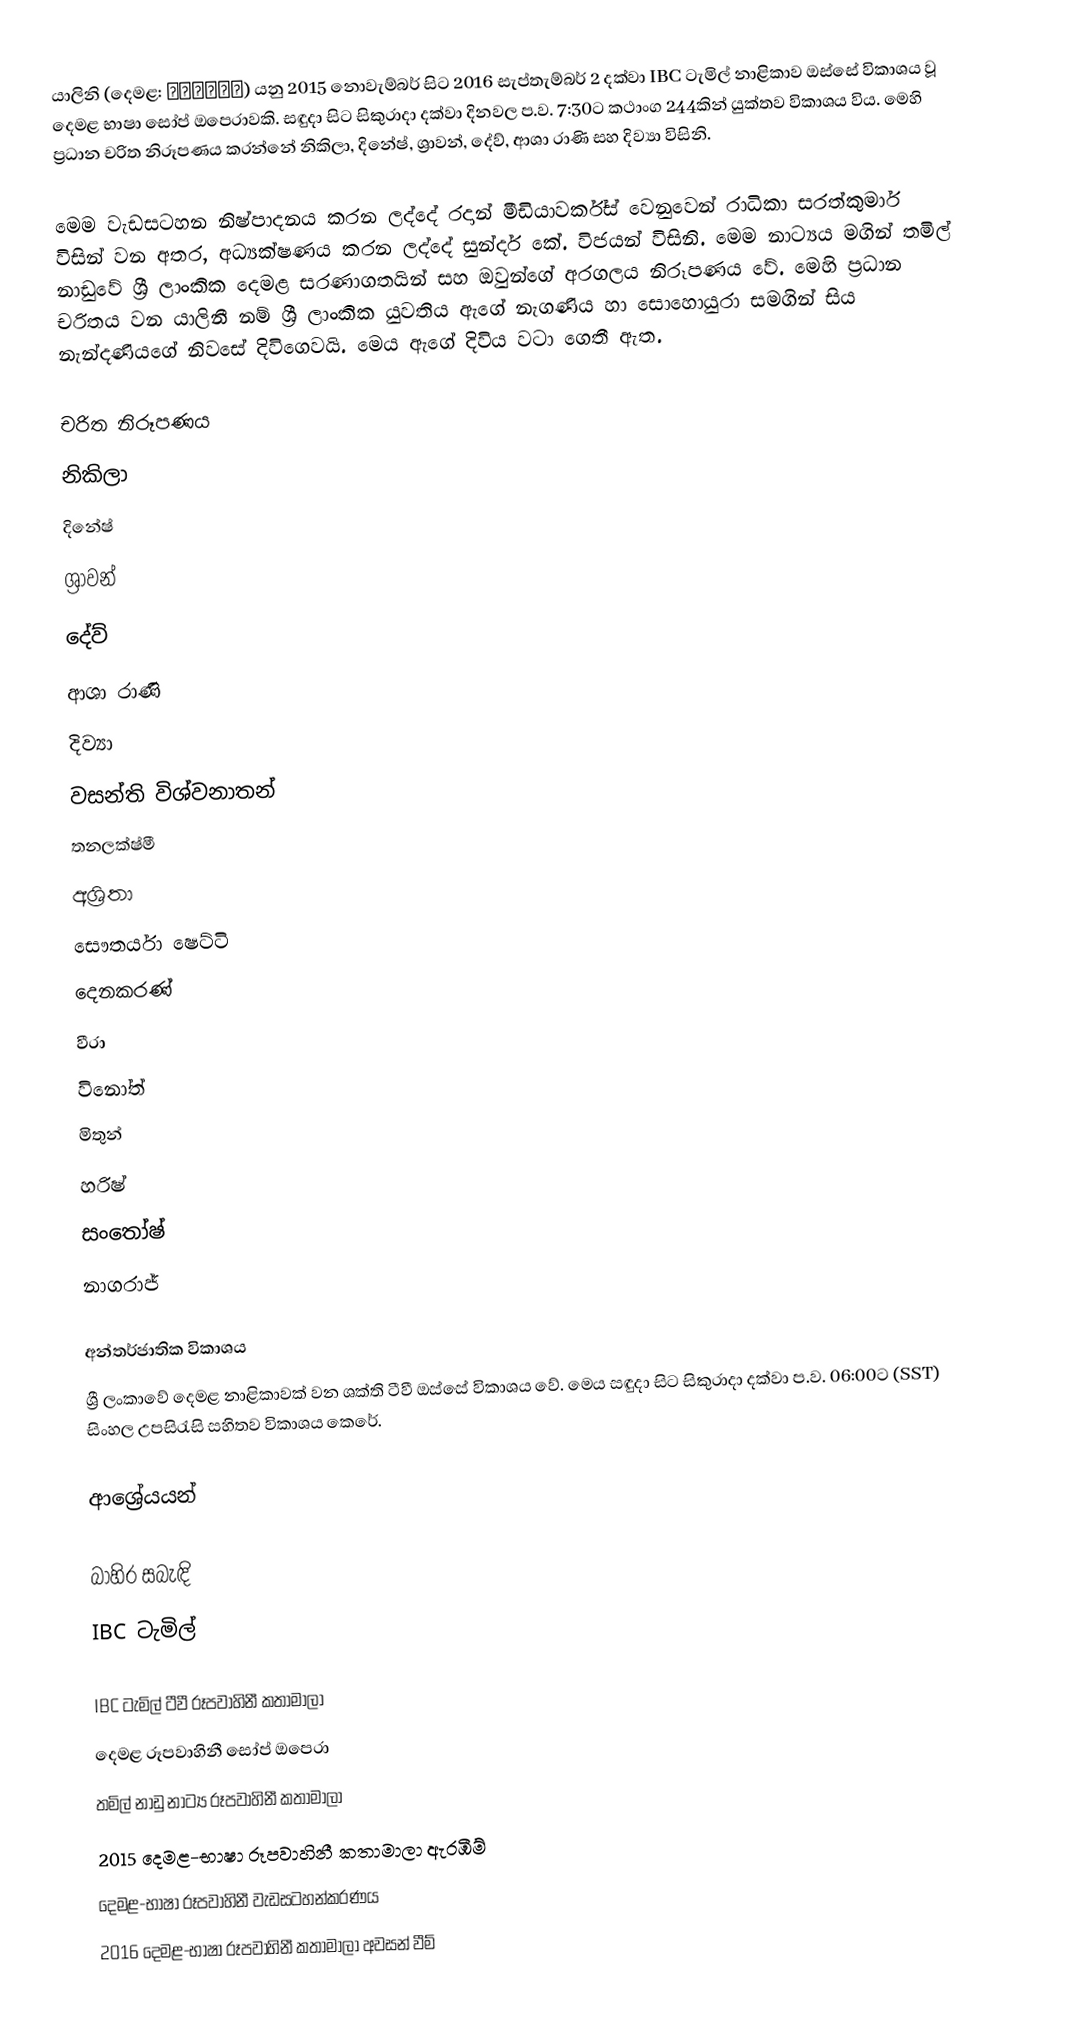
යාලිනි (දෙමළ: யாழினி) යනු 2015 නොවැම්බර් සිට 2016 සැප්තැම්බර් 2 දක්වා IBC ටැමිල් නාළිකාව ඔස්සේ විකාශය වූ දෙමළ භාෂා සෝප් ඔපෙරාවකි. සඳුදා සිට සිකුරාදා දක්වා දිනවල ප.ව. 7:30ට කථාංග 244කින් යුක්තව විකාශය විය. මෙහි ප්‍රධාන චරිත නිරූපණය කරන්නේ නිකිලා, දිනේෂ්, ශ්‍රාවන්, දේව්, ආශා රාණි සහ දිව්‍යා විසිනි.

මෙම වැඩසටහන නිෂ්පාදනය කරන ලද්දේ රදාන් මීඩියාවර්ක්ස් වෙනුවෙන් රාධිකා සරත්කුමාර් විසින් වන අතර, අධ්‍යක්ෂණය කරන ලද්දේ සුන්දර් කේ. විජයන් විසිනි. මෙම නාට්‍යය මගින් තමිල් නාඩුවේ ශ්‍රී ලාංකික දෙමළ සරණාගතයින් සහ ඔවුන්ගේ අරගලය නිරූපණය වේ. මෙහි ප්‍රධාන චරිතය වන යාලිනී නම් ශ්‍රී ලාංකික යුවතිය ඇගේ නැගණිය හා සොහොයුරා සමගින් සිය නැන්දණියගේ නිවසේ දිවිගෙවයි. මෙය ඇගේ දිවිය ‍වටා ගෙතී ඇත.

චරිත නිරූපණය
 නිකිලා
 දිනේෂ්
 ශ්‍රාවන්
 දේව්
 ආශා රාණි
 දිව්‍යා
 වසන්ති විශ්වනාතන්
 තනලක්ෂ්මී
 අශ්‍රිතා
 සෞතර්යා ෂෙට්ටි
 දෙනකරණ්
 වීරා
 විනෝත්
 මිතුන්
 හරිෂ්
 සංතෝෂ්
 නාගරාජ්

අන්තර්ජාතික විකාශය
  ශ්‍රී ලංකාවේ දෙමළ නාළිකාවක් වන ශක්ති ටීවී ඔස්සේ විකාශය වේ. මෙය සඳුදා සිට සිකුරාදා දක්වා ප.ව. 06:00ට (SST) සිංහල උපසිරැසි සහිතව විකාශය කෙරේ.

ආශ්‍රේයයන්

බාහිර සබැඳි
 IBC ටැමිල්

IBC ටැමිල් ටීවී රූපවාහිනී කතාමාලා
දෙමළ රූපවාහිනී සෝප් ඔපෙරා
තමිල් නාඩු නාට්‍ය රූපවාහිනී කතාමාලා
2015 දෙමළ-භාෂා රූපවාහිනී කතාමාලා ඇරඹීම්
දෙමළ-භාෂා රූපවාහිනී වැඩසටහන්කරණය
2016 දෙමළ-භාෂා රූපවාහිනී කතාමාලා අවසන් වීම්